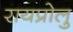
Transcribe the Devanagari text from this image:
रायप्रोलु